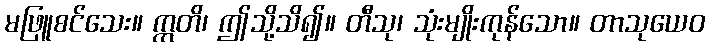
မဖြူစင်သေး။ ဣတိ၊ ဤသို့သိ၍။ တီသု၊ သုံးမျိုးကုန်သော။ တာသုယေဝ